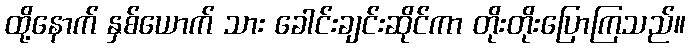
ထို့နောက် နှစ်ယောက် သား ခေါင်းချင်းဆိုင်ကာ တိုးတိုးပြောကြသည်။